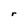
Character: r